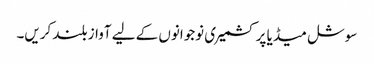
سوشل میڈیا پر کشمیری نوجوانوں کے لیے آواز بلند کریں۔